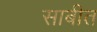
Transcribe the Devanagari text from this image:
साबीत